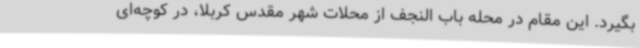
بگیرد. این مقام در محله باب النجف از محلات شهر مقدس کربلا، در کوچه‌ای